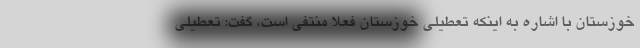
خوزستان با اشاره به اینکه تعطیلی خوزستان فعلا منتفی است، گفت: تعطیلی